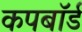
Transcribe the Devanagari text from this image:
कपबाॅर्ड